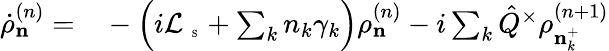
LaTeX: \begin{array}{rl}{\dot{\rho}_{\mathbf n}^{(n)}=}&{{}-\Big(i{\cal L}_{\mathrm{~\tiny~S~}}+\sum_{k}n_{k}\gamma_{k}\Big)\rho_{\mathbf n}^{(n)}-i\sum_{k}\hat{Q}^{\times}\rho_{{\mathbf n}_{k}^{+}}^{(n+1)}}\end{array}